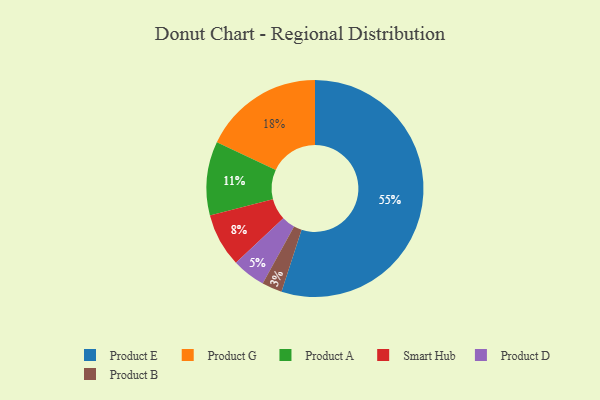
{"axis": {"x": "Category", "y": "Percentage"}, "legend": ["Product A", "Product B", "Product D", "Product E", "Product G", "Smart Hub"], "data": [{"x": "Product A", "y": 11, "type": "Product A"}, {"x": "Product B", "y": 3, "type": "Product B"}, {"x": "Product D", "y": 5, "type": "Product D"}, {"x": "Product G", "y": 18, "type": "Product G"}, {"x": "Smart Hub", "y": 8, "type": "Smart Hub"}, {"x": "Product E", "y": 55, "type": "Product E"}]}